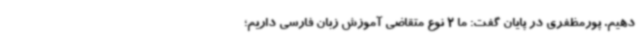
دهیم. پورمظفری در پایان گفت: ما 2 نوع متقاضی آموزش زبان فارسی داریم؛